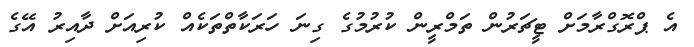
އެ ޕްރޮގްރާމަށް ޓީޗަރުން ތަމްރީން ކުރުމުގެ ގިނަ ހަރަކާތްތަކެއް ކުރިއަށް ދާއިރު އޭގެ